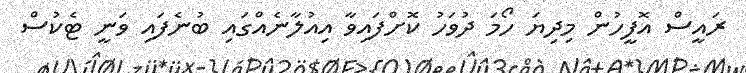
ރައީސް އޮފީހުން މިދިޔަ ހޯމަ ދުވަހު ކޮށްފައިވާ އިއުލާނެއްގައި ބުނެފައި ވަނީ ޓެކުސް